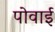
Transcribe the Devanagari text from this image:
पोवाई